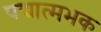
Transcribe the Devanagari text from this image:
पद्यात्मभक